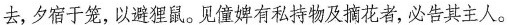
去，夕宿于笼，以避狸鼠。见僮婢有私持物及摘花者，必告其主人。